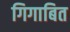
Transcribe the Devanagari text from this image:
गिगाबित